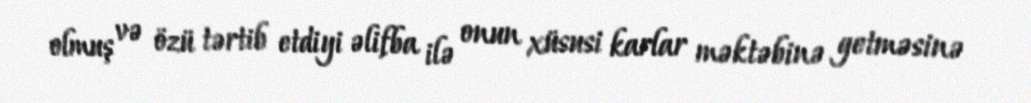
olmuş və özü tərtib etdiyi əlifba ilə onun xüsusi karlar məktəbinə getməsinə